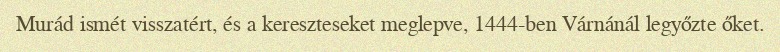
Murád ismét visszatért, és a kereszteseket meglepve, 1444-ben Várnánál legyőzte őket.